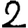
Digit: 2